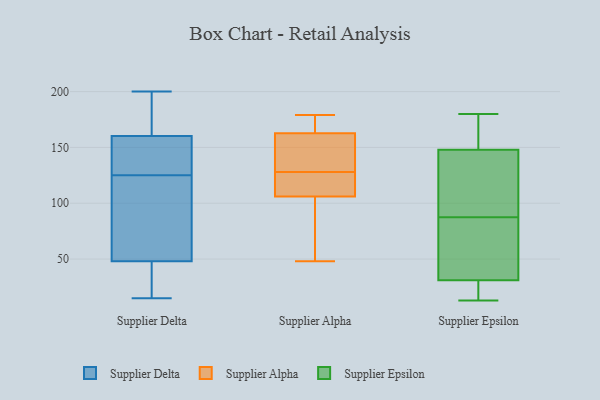
{"axis": {"x": "Customer Acquisition Cost (USD)", "y": "Value"}, "legend": ["Supplier Alpha", "Supplier Delta", "Supplier Epsilon"], "data": [{"x": "", "y": 63, "type": "Supplier Delta"}, {"x": "", "y": 48, "type": "Supplier Delta"}, {"x": "", "y": 177, "type": "Supplier Delta"}, {"x": "", "y": 125, "type": "Supplier Delta"}, {"x": "", "y": 30, "type": "Supplier Delta"}, {"x": "", "y": 48, "type": "Supplier Delta"}, {"x": "", "y": 158, "type": "Supplier Delta"}, {"x": "", "y": 165, "type": "Supplier Delta"}, {"x": "", "y": 171, "type": "Supplier Delta"}, {"x": "", "y": 161, "type": "Supplier Delta"}, {"x": "", "y": 69, "type": "Supplier Delta"}, {"x": "", "y": 145, "type": "Supplier Delta"}, {"x": "", "y": 42, "type": "Supplier Delta"}, {"x": "", "y": 137, "type": "Supplier Delta"}, {"x": "", "y": 156, "type": "Supplier Delta"}, {"x": "", "y": 200, "type": "Supplier Delta"}, {"x": "", "y": 48, "type": "Supplier Delta"}, {"x": "", "y": 15, "type": "Supplier Delta"}, {"x": "", "y": 18, "type": "Supplier Delta"}, {"x": "", "y": 125, "type": "Supplier Alpha"}, {"x": "", "y": 48, "type": "Supplier Alpha"}, {"x": "", "y": 169, "type": "Supplier Alpha"}, {"x": "", "y": 120, "type": "Supplier Alpha"}, {"x": "", "y": 122, "type": "Supplier Alpha"}, {"x": "", "y": 52, "type": "Supplier Alpha"}, {"x": "", "y": 141, "type": "Supplier Alpha"}, {"x": "", "y": 128, "type": "Supplier Alpha"}, {"x": "", "y": 118, "type": "Supplier Alpha"}, {"x": "", "y": 166, "type": "Supplier Alpha"}, {"x": "", "y": 159, "type": "Supplier Alpha"}, {"x": "", "y": 50, "type": "Supplier Alpha"}, {"x": "", "y": 129, "type": "Supplier Alpha"}, {"x": "", "y": 143, "type": "Supplier Alpha"}, {"x": "", "y": 80, "type": "Supplier Alpha"}, {"x": "", "y": 102, "type": "Supplier Alpha"}, {"x": "", "y": 164, "type": "Supplier Alpha"}, {"x": "", "y": 166, "type": "Supplier Alpha"}, {"x": "", "y": 179, "type": "Supplier Alpha"}, {"x": "", "y": 146, "type": "Supplier Epsilon"}, {"x": "", "y": 86, "type": "Supplier Epsilon"}, {"x": "", "y": 89, "type": "Supplier Epsilon"}, {"x": "", "y": 30, "type": "Supplier Epsilon"}, {"x": "", "y": 31, "type": "Supplier Epsilon"}, {"x": "", "y": 52, "type": "Supplier Epsilon"}, {"x": "", "y": 81, "type": "Supplier Epsilon"}, {"x": "", "y": 180, "type": "Supplier Epsilon"}, {"x": "", "y": 99, "type": "Supplier Epsilon"}, {"x": "", "y": 30, "type": "Supplier Epsilon"}, {"x": "", "y": 31, "type": "Supplier Epsilon"}, {"x": "", "y": 150, "type": "Supplier Epsilon"}, {"x": "", "y": 159, "type": "Supplier Epsilon"}, {"x": "", "y": 157, "type": "Supplier Epsilon"}, {"x": "", "y": 13, "type": "Supplier Epsilon"}, {"x": "", "y": 97, "type": "Supplier Epsilon"}]}